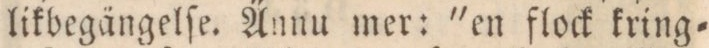
likbegängelſe. Ännu mer: 'en flock kring=